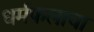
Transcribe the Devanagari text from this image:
धर्मफलाचा